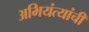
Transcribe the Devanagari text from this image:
अभियंत्यांची